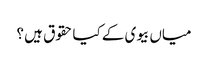
میاں بیوی کے کیا حقوق ہیں ؟